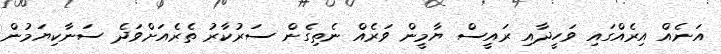
އަނެއް އިރެއްގައި ވަހީދާއި ރައީސް ޔާމީން ވަރެެއް ނެތިގެން ސަރުކާރު ތެރެއަށްވަދެ ސަނާކިޔަމުން